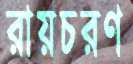
রায়চরণ